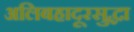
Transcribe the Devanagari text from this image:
अलिबहादूरसुद्धा